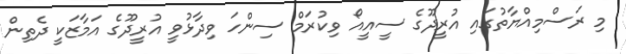
މި ރަސްމިއްޔާތުގައި އުރީދޫގެ ސީއީއޯ ވިކުރަމް ސިންހަ ވިދާޅުވީ އުރީދޫގެ އަމާޒަކީ ދެތިން